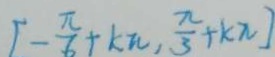
[ - \frac { \pi } { 6 } + k \pi , \frac { \pi } { 3 } + k \pi ]